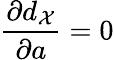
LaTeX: \frac{\partial d_{\mathcal{X}}}{\partial a}=0